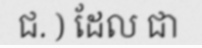
ជ. ) ដែល ជា